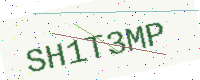
Text: SH1T3MP